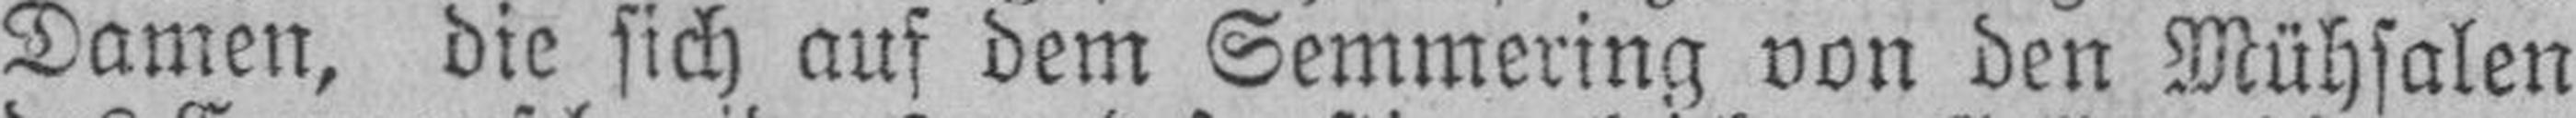
Damen, die sich auf dem Semmering von den Mühsalen